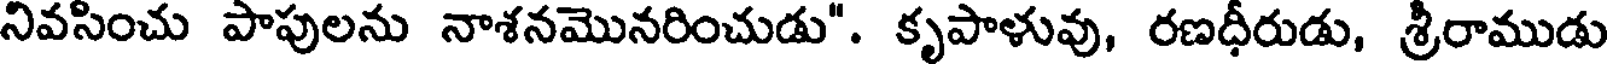
నివసించు పాపులను నాశనమొనరించుడు". కృపాళువు, రణధీరుడు, శ్రీరాముడు